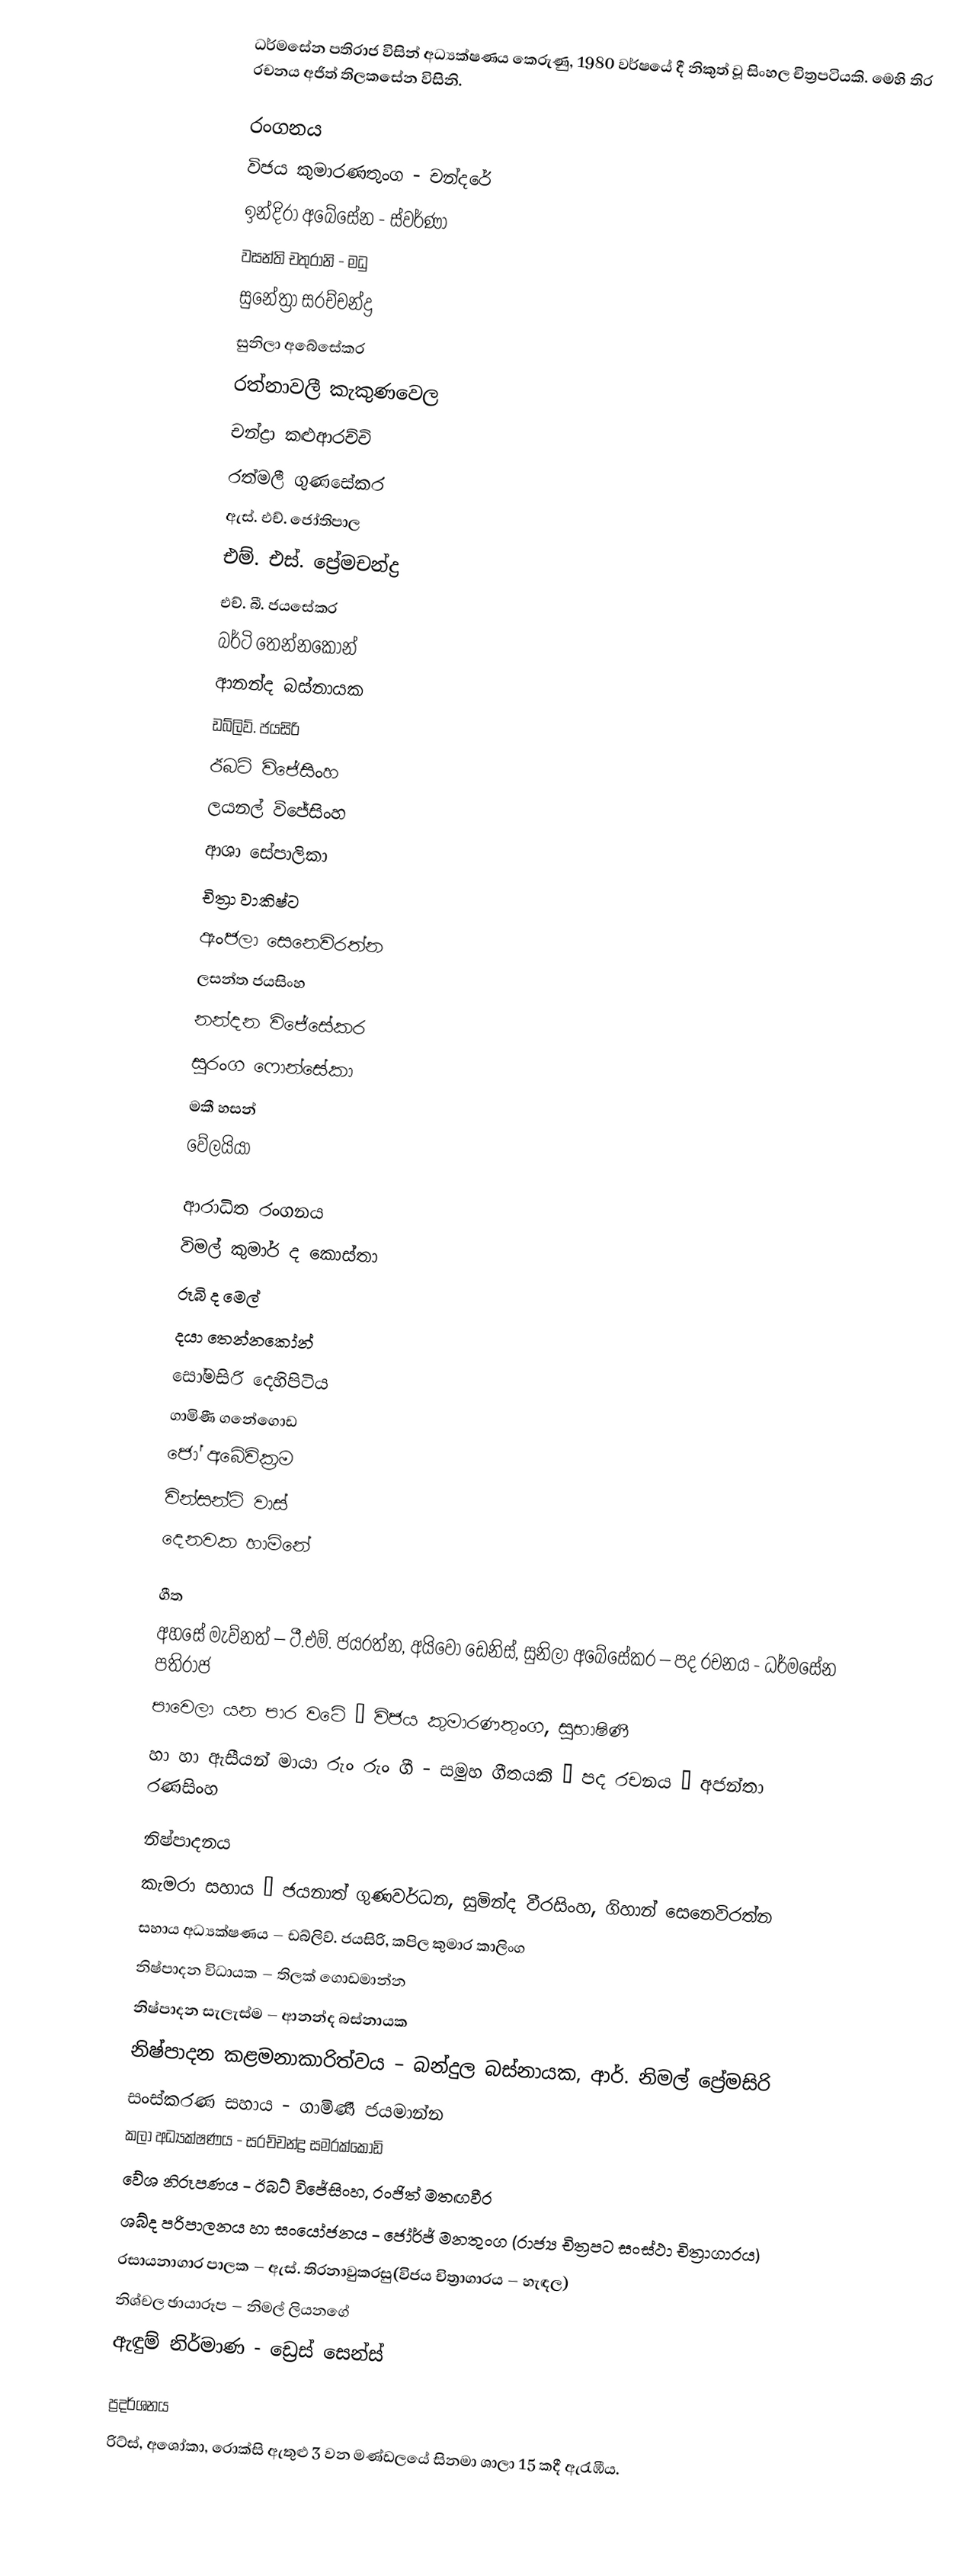
ධර්මසේන පතිරාජ විසින් අධ්‍යක්ෂණය කෙරුණු, 1980 වර්ෂයේ දී නිකුත් වූ සිංහල චිත්‍රපටියකි. මෙහි තිර රචනය අජිත් තිලකසේන විසිනි.

රංගනය
විජය කුමාරණතුංග - චන්දරේ
ඉන්දිරා අබේසේන - ස්වර්ණා
වසන්ති චතුරානි - මධු
සුනේත්‍රා සරච්චන්ද්‍ර
සුනිලා අබේසේකර
රත්නාවලී කැකුණවෙල
චන්ද්‍රා කළුආරච්චි
රත්මලී ගුණසේකර
ඇස්. එච්. ජෝතිපාල
එම්. එස්. ප්‍රේමචන්ද්‍ර
එච්. බී. ජයසේකර
බර්ටි තෙන්නකෝන්
ආනන්ද බස්නායක
ඩබ්ලිව්. ජයසිරි
ඊබට් විජේසිංහ
ලයනල් විජේසිංහ
ආශා සේපාලිකා
චිත්‍රා වාකිෂ්ට
ඇංජලා සෙනෙවිරත්න
ලසන්ත ජයසිංහ
නන්දන විජේසේකර
සුරංග ෆොන්සේකා
මකී හසන්
වේලයියා

ආරාධිත රංගනය
විමල් කුමාර් ද කොස්තා
රූබි ද මෙල්
දයා තෙන්නකෝන්
සෝමසිරි දෙහිපිටිය
ගාමිණී ගනේගොඩ
ජෝ අබේවික්‍රම
වින්සන්ට් වාස්
දෙනවක හාමිනේ

ගීත
අහසේ මැව්නත් – ටී.එම්. ජයරත්න, අයිවෝ ඩෙනිස්, සුනිලා අබේසේකර – පද රචනය - ධර්මසේන පතිරාජ
පාවෙලා යන පාර වටේ – විජය කුමාරණතුංග, සුභාෂිණී
හා හා ඇසීයන් මායා රුං රුං ගී - සමුහ ගීතයකි – පද රචනය – අජන්තා රණසිංහ

නිෂ්පාදනය
කැමරා සහාය – ජයනාත් ගුණවර්ධන, සුමින්ද වීරසිංහ, ගිහාන් සෙනෙවිරත්න
සහාය අධ්‍යක්ෂණය – ඩබ්ලිව්. ජයසිරි, කපිල කුමාර කාලිංග
නිෂ්පාදන විධායක – තිලක් ගොඩමාන්න
නිෂ්පාදන සැලැස්ම – ආනන්ද බස්නායක
නිෂ්පාදන කළමනාකාරිත්වය – බන්දුල බස්නායක, ආර්. නිමල් ප්‍රේමසිරි
සංස්කරණ සහාය - ගාමිණී ජයමාන්න
කලා අධ්‍යක්ෂණය - සරච්චන්ද්‍ර සමරක්කොඩි
වේශ නිරූපණය - ඊබට් විජේසිංහ, රංජිත් මතඟවීර
ශබ්ද පරිපාලනය හා සංයෝජනය - ජෝර්ජ් මනතුංග (රාජ්‍ය චිත්‍රපට සංස්ථා චිත්‍රාගාරය)
රසායනාගාර පාලක – ඇස්. තිරනාවුකරසු(විජය චිත්‍රාගාරය – හැඳල)
නිශ්චල ඡායාරූප – නිමල් ලියනගේ
ඇඳුම් නිර්මාණ - ඩ්‍රෙස් සෙන්ස්

ප්‍රදර්ශනය
රිට්ස්, අශෝකා, රොක්සි ඇතුළු 3 වන මණ්ඩලයේ සිනමා ශාලා 15 කදී ඇරැඹීය.